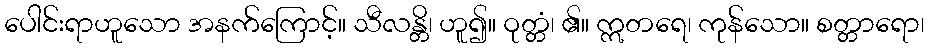
ပေါင်းရာဟူသော အနက်ကြောင့်။ သီလန္တိ၊ ဟူ၍။ ဝုတ္တံ၊ ၏။ ဣတရေ၊ ကုန်သော။ စတ္တာရော၊